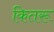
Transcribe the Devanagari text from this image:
कितरू